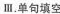
Ⅲ.单句填空